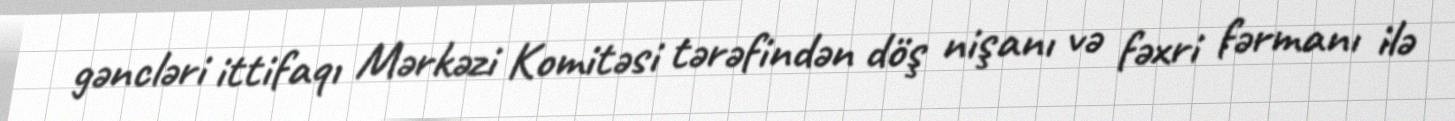
gəncləri ittifaqı Mərkəzi Komitəsi tərəfindən döş nişanı və fəxri fərmanı ilə